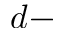
d -